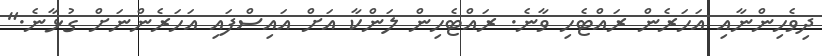
ދިވެހިންނާއި އަހަރެން ރައްޓެހި ވާނެ. ރައްޓެހިން ލަންކާ އަށް އައިސްފައި އަހަރެންނަށް ގުޅާނެ."